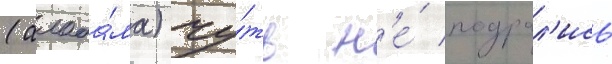
(алаба́ма) чу́ть н'е́ подрал'ись